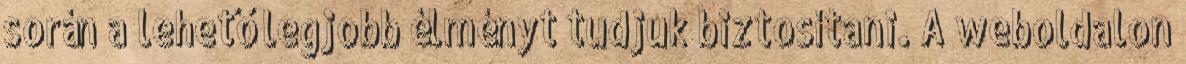
során a lehető legjobb élményt tudjuk biztosítani. A weboldalon